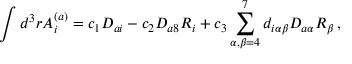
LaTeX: \int d ^ { 3 } r A _ { i } ^ { ( a ) } = c _ { 1 } D _ { a i } - c _ { 2 } D _ { a 8 } R _ { i } + c _ { 3 } \sum _ { \alpha , \beta = 4 } ^ { 7 } d _ { i \alpha \beta } D _ { a \alpha } R _ { \beta } \, ,